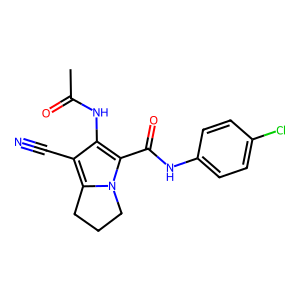
SMILES: CC(=O)Nc1c(C#N)c2n(c1C(=O)Nc1ccc(Cl)cc1)CCC2
Inhibits HIV replication: No